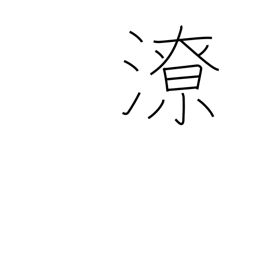
Meaning: runoff